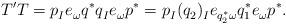
LaTeX: \begin{align*}T_{}^{\prime}T=p_{I}^{} e_{\omega}^{}q_{}^{*} q_{I}^{} e_{\omega}^{} p_{}^{*}&=p_{I}^{} (q_{2}^{})_{I}^{} e_{ q_{2}^{*} \omega }^{} q_{1}^{*} e_{\omega}^{} p_{}^{*}.\end{align*}